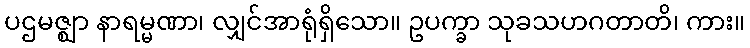
ပဌမဇ္ဈာ နာရမ္မဏာ၊ လျှင်အာရုံရှိသော။ ဥပက္ခာ သုခသဟဂတာတိ၊ ကား။